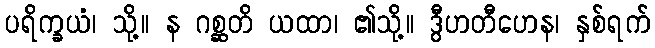
ပရိက္ခယံ၊ သို့။ န ဂစ္ဆတိ ယထာ၊ ၏သို့။ ဒွီဟတီဟေန၊ နှစ်ရက်